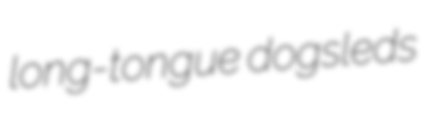
long-tongue dogsleds